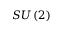
S U \left( 2 \right)